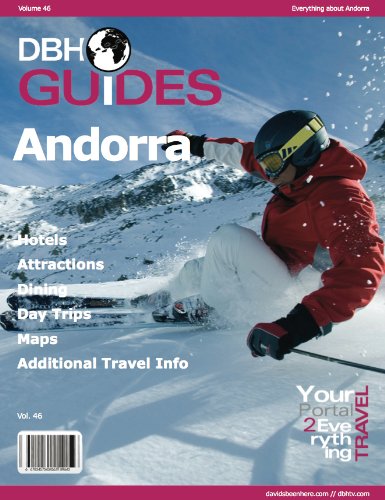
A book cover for Andorra Country Travel Guide 2013: Attractions, Restaurants, and More... (DBH City Guides); David Hoffmann; Travel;